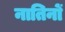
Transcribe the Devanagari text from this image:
नातिनों